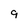
Character: 9